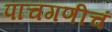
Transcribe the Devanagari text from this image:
पाचगणीचं